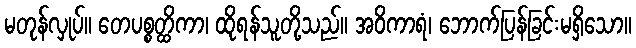
မတုန်လှုပ်။ တေပစ္စတ္ထိကာ၊ ထိုရန်သူတို့သည်။ အဝိကာရံ၊ ဘောက်ပြန်ခြင်းမရှိသော။